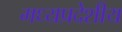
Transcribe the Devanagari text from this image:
मध्यप्रदेशीय